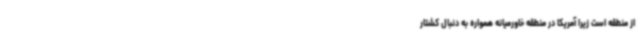
از منطقه است زیرا آمریکا در منطقه خاورمیانه همواره به دنبال کشتار